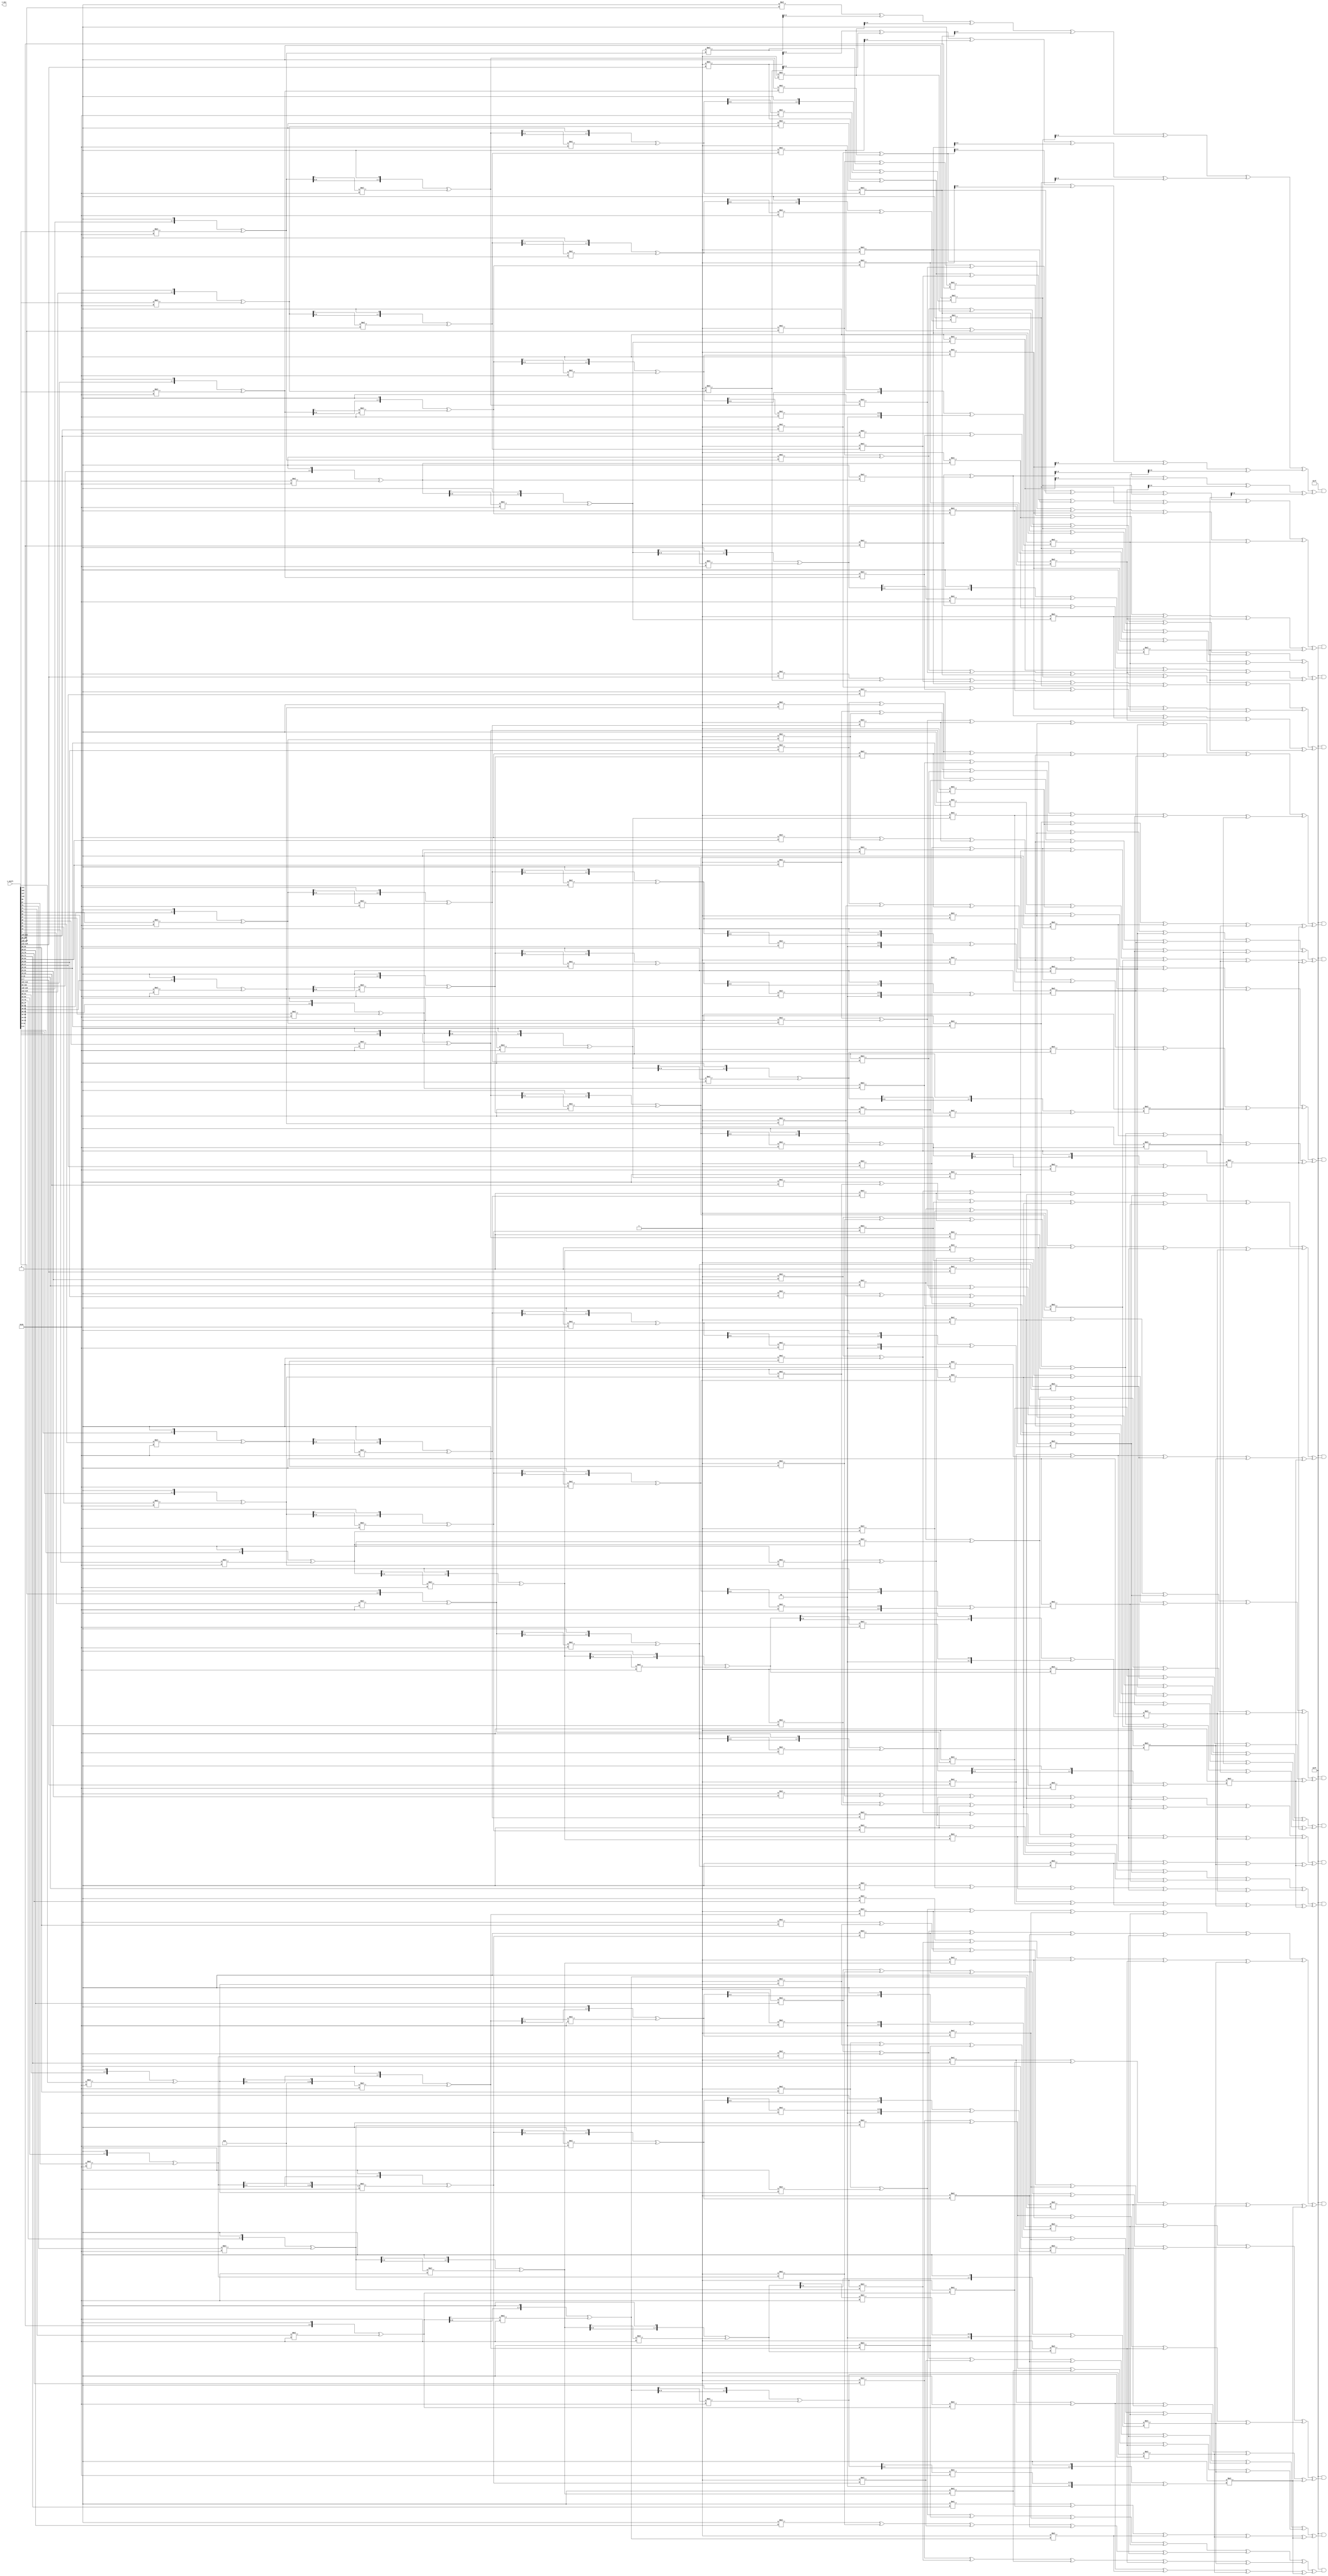
`timescale 1ns / 1ps
//////////////////////////////////////////////////////////////////////////////////
module mix_col(
    // input wire clk,
    // input wire reset,
    input [0:127] i_shift,
    output [0:127] i_mix);

    wire [0:128] i_mix_temp;
//1
assign i_mix_temp[0:7] = 8'hff & (Multiply(i_shift[0:7], 8'h0e) ^ Multiply(i_shift[8:15], 8'h0b) ^ Multiply(i_shift[16:23], 8'h0d) ^ Multiply(i_shift[24:31], 8'h09));
assign i_mix_temp[8:15] = 8'hff & (Multiply(i_shift[0:7], 8'h09) ^ Multiply(i_shift[8:15], 8'h0e) ^ Multiply(i_shift[16:23], 8'h0b) ^ Multiply(i_shift[24:31], 8'h0d));
assign i_mix_temp[16:23] = 8'hff & (Multiply(i_shift[0:7], 8'h0d) ^ Multiply(i_shift[8:15], 8'h09) ^ Multiply(i_shift[16:23], 8'h0e) ^ Multiply(i_shift[24:31], 8'h0b));
assign i_mix_temp[24:31] = 8'hff & (Multiply(i_shift[0:7], 8'h0b) ^ Multiply(i_shift[8:15], 8'h0d) ^ Multiply(i_shift[16:23], 8'h09) ^ Multiply(i_shift[24:31], 8'h0e));

//2
assign i_mix_temp[32:39] = 8'hff & (Multiply(i_shift[32:39], 8'h0e) ^ Multiply(i_shift[40:47], 8'h0b) ^ Multiply(i_shift[48:55], 8'h0d) ^ Multiply(i_shift[56:63], 8'h09));
assign i_mix_temp[40:47] = 8'hff & (Multiply(i_shift[32:39], 8'h09) ^ Multiply(i_shift[40:47], 8'h0e) ^ Multiply(i_shift[48:55], 8'h0b) ^ Multiply(i_shift[56:63], 8'h0d));
assign i_mix_temp[48:55] = 8'hff & (Multiply(i_shift[32:39], 8'h0d) ^ Multiply(i_shift[40:47], 8'h09) ^ Multiply(i_shift[48:55], 8'h0e) ^ Multiply(i_shift[56:63], 8'h0b));
assign i_mix_temp[56:63] = 8'hff & (Multiply(i_shift[32:39], 8'h0b) ^ Multiply(i_shift[40:47], 8'h0d) ^ Multiply(i_shift[48:55], 8'h09) ^ Multiply(i_shift[56:63], 8'h0e));

//3
assign i_mix_temp[64:71] = 8'hff & (Multiply(i_shift[64:71], 8'h0e) ^ Multiply(i_shift[72:79], 8'h0b) ^ Multiply(i_shift[80:87], 8'h0d) ^ Multiply(i_shift[88:95], 8'h09));
assign i_mix_temp[72:79] = 8'hff & (Multiply(i_shift[64:71], 8'h09) ^ Multiply(i_shift[72:79], 8'h0e) ^ Multiply(i_shift[80:87], 8'h0b) ^ Multiply(i_shift[88:95], 8'h0d));
assign i_mix_temp[80:87] = 8'hff & (Multiply(i_shift[64:71], 8'h0d) ^ Multiply(i_shift[72:79], 8'h09) ^ Multiply(i_shift[80:87], 8'h0e) ^ Multiply(i_shift[88:95], 8'h0b));
assign i_mix_temp[88:95] = 8'hff & (Multiply(i_shift[64:71], 8'h0b) ^ Multiply(i_shift[72:79], 8'h0d) ^ Multiply(i_shift[80:87], 8'h09) ^ Multiply(i_shift[88:95], 8'h0e));

//4
assign i_mix_temp[96:103] = 8'hff & (Multiply(i_shift[96:103], 8'h0e) ^ Multiply(i_shift[104:111], 8'h0b) ^ Multiply(i_shift[112:119], 8'h0d) ^ Multiply(i_shift[120:127], 8'h09));
assign i_mix_temp[104:111] = 8'hff & (Multiply(i_shift[96:103], 8'h09) ^ Multiply(i_shift[104:111], 8'h0e) ^ Multiply(i_shift[112:119], 8'h0b) ^ Multiply(i_shift[120:127], 8'h0d));
assign i_mix_temp[112:119] = 8'hff & (Multiply(i_shift[96:103], 8'h0d) ^ Multiply(i_shift[104:111], 8'h09) ^ Multiply(i_shift[112:119], 8'h0e) ^ Multiply(i_shift[120:127], 8'h0b));
assign i_mix_temp[120:127] = 8'hff & (Multiply(i_shift[96:103], 8'h0b) ^ Multiply(i_shift[104:111], 8'h0d) ^ Multiply(i_shift[112:119], 8'h09) ^ Multiply(i_shift[120:127], 8'h0e));

	// always @(posedge clk or negedge reset)
	// begin
        assign i_mix = i_mix_temp;
	// end

function [0:7]xtime1;
input [0:7]x;
    xtime1 = ((x << 1) ^ (((x >> 7) & 1) * 8'h1b));
endfunction

function [0:7]Multiply;
input [0:7] x;
input [0:7] y;
    Multiply = ((y & 1) * x) ^ ((y >> 1 & 1) * xtime1(x)) 
             ^ ((y >> 2 & 1) * xtime1(xtime1(x)))
             ^ ((y >> 3 & 1) * xtime1(xtime1(xtime1(x)))) 
             ^ ((y >> 4 & 1) * xtime1(xtime1(xtime1(xtime1(x)))));
endfunction
endmodule

module mix_tb();
	// reg clk, reset;
	reg [0:127] inText;
	wire [0:127] outText;
	
    mix_col mixTest(
        // .clk(clk),
        // .reset(reset),
	    .i_shift(inText),
	    .i_mix(outText));

// initial 
//   begin
//     reset = 1;
//     #5 reset = 0;
//     #10 reset = 1;
//   end
  
//   initial 
//   begin
//     clk = 0;
//     forever clk = #5 ~clk;
//   end
    initial
    begin

    //key = 128'h0105090d02060a0e03070b0f04080c10; #10;
    
    //inText = 128'h216242c6db17a2abe6388d1dfa3c6260; #10;

	   // key = 128'h0102030405060708090a0b0c0d0e0f10;
    	inText = 128'h21dbe6fa6217383c42a28d62c6ab1d60;
	end
    	initial begin $monitor ("%t: in_key=%h,out_key=%h", $time, inText, outText);
	//key = 128'h2b28ab097eaef7cf15d2154f16a6883c;
	//data= 128'h69c4e0d86a7b0430d8cdb78070b4c55a;
    end
endmodule